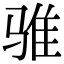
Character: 骓